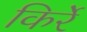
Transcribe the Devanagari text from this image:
किर्रे